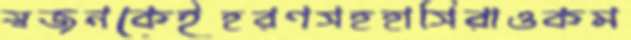
স্বজনকেইহরণসহহাসিরাওকম